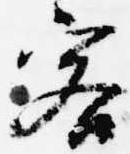
客